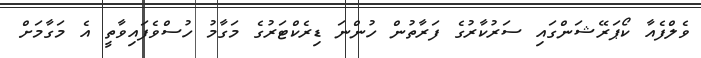
ވެލްފެއާ ކޯޕަރޭޝަންގައި ސަރުކާރުގެ ފަރާތުން ހުންނަ ޑިރެކްޓަރުގެ މަގާމު ހުސްވެފައިވާތީ އެ މަގާމަށް